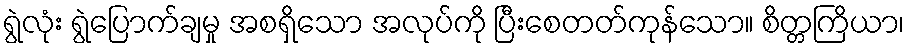
ရွဲလုံး ရွဲပြောက်ချမှု အစရှိသော အလုပ်ကို ပြီးစေတတ်ကုန်သော။ စိတ္တကြိယာ၊